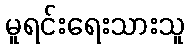
မူရင်းရေးသားသူ